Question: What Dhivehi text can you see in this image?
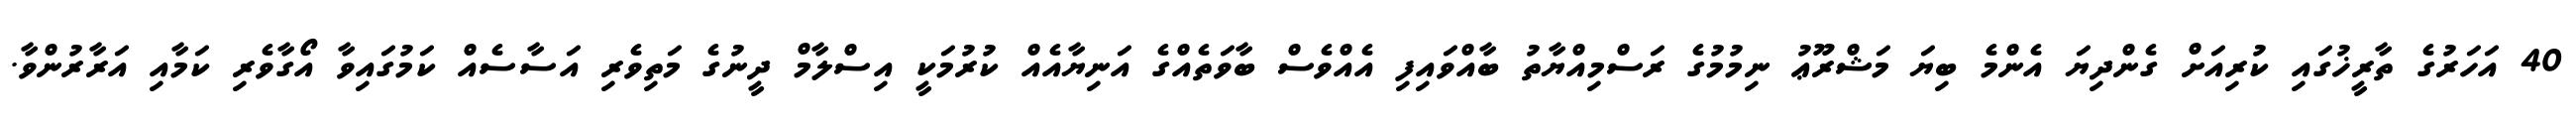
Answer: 40 އަހަރުގެ ތާރީޚުގައި ކުރިއަށް ގެންދިޔަ އެންމެ ބިޔަ މަޝްރޫޢު ނިމުމުގެ ރަސްމިއްޔާތު ބާއްވައިފި އެއްވެސް ބާވަތެއްގެ އަނިޔާއެއް ކުރުމަކީ އިސްލާމް ދީނުގެ މަތިވެރި އަސާސެއް ކަމުގައިވާ އޯގާވެރި ކަމާއި އަރާރުންވާ.